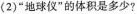
(2)”地球仪”的体积是多少?